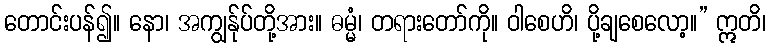
တောင်းပန်၍။ နော၊ အကျွန်ုပ်တို့အား။ ဓမ္မံ၊ တရားတော်ကို။ ဝါစေဟိ၊ ပို့ချစေလော့။” ဣတိ၊